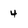
Character: 4